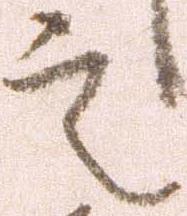
定